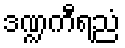
ဒဏ္ဍကီရညံ